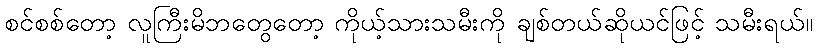
စင်စစ်တော့ လူကြီးမိဘတွေတော့ ကိုယ့်သားသမီးကို ချစ်တယ်ဆိုယင်ဖြင့် သမီးရယ်။